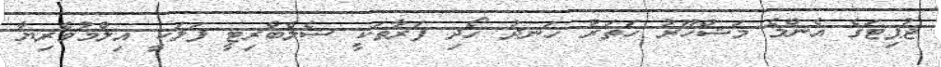
ޖުޕިޓަގެ އެންމެ މަޝްހޫރު ހަތަރު ހަނދު ހޯދި ފަރާތަކީ ސެލެބްރިޓީ ފަލަކީ އިލްމުވެރިޔާ